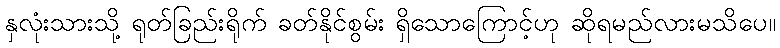
နှလုံးသားသို့ ရုတ်ခြည်းရိုက် ခတ်နိုင်စွမ်း ရှိသောကြောင့်ဟု ဆိုရမည်လားမသိပေ။